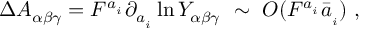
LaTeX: \Delta A _ { \alpha \beta \gamma } = F ^ { a _ { _ i } } \partial _ { a _ { _ i } } \ln Y _ { \alpha \beta \gamma } ~ \sim ~ { \cal O } ( F ^ { a _ { _ i } } \bar { a } _ { _ i } ) ~ ,